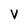
Character: V